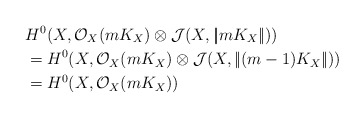
\begin{align*}&H^0(X, \mathcal O_X(mK_X)\otimes \mathcal J(X, |\!| mK_X|\!|))\\ &= H^0(X, \mathcal O_X(mK_X)\otimes \mathcal J(X, |\!| (m-1)K_X|\!|))\\ &=H^0(X, \mathcal O_X(mK_X))\end{align*}